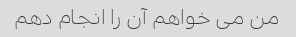
من می خواهم آن را انجام دهم